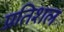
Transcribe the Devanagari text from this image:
प्रतिशल